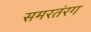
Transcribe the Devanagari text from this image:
समरतंरग